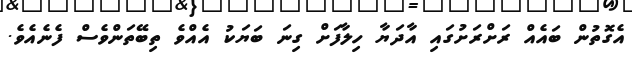
އެގޮތުން ބައެއް ރަށްރަށުގައި އާދަޔާ ހިލާފަށް ގިނަ ބަޔަކު އެއްވެ ތިބޭތަންވެސް ފެނެއެވެ.